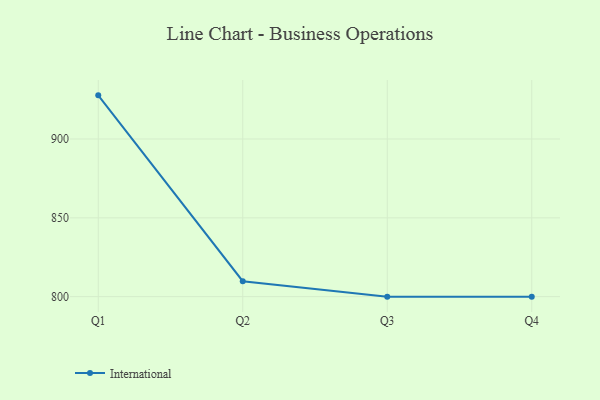
{"axis": {"x": "Quarter", "y": "Humidity (%)"}, "legend": ["International"], "data": [{"x": "Q1", "y": 927.7, "type": "International"}, {"x": "Q2", "y": 809.8, "type": "International"}, {"x": "Q3", "y": 800, "type": "International"}, {"x": "Q4", "y": 800, "type": "International"}]}